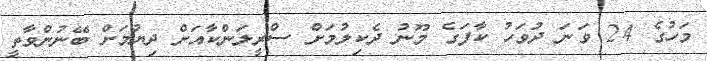
މަހުގެ 24 ވަނަ ދުވަހު ކާފަގެ މޫނު ދެކިލުމަށް ސްރީލަންކާއަށް ދިޔުމަށް ބޭނުންވާތީ